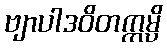
ဗျာပါဒဝိတက္ကမ္ပိ